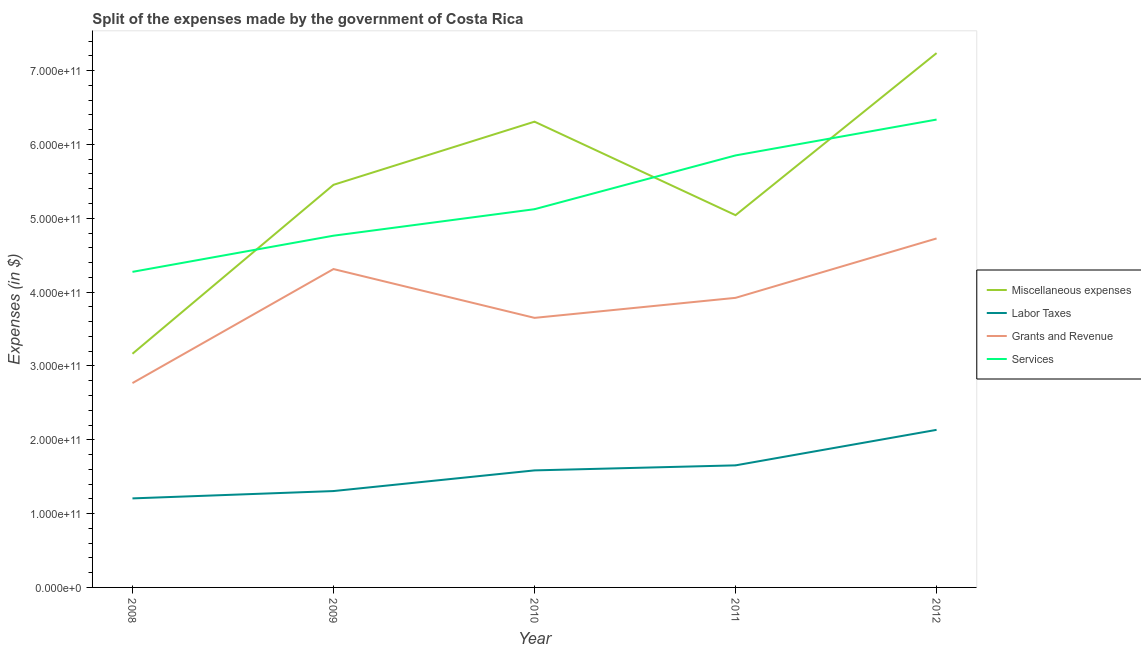
| Year | Miscellaneous expenses | Labor Taxes | Grants and Revenue | Services |
 | --- | --- | --- | --- | --- |
 | 2008 | 3.16e+11 | 1.21e+11 | 2.77e+11 | 4.27e+11 |
 | 2009 | 5.45e+11 | 1.31e+11 | 4.31e+11 | 4.76e+11 |
 | 2010 | 6.31e+11 | 1.59e+11 | 3.65e+11 | 5.12e+11 |
 | 2011 | 5.04e+11 | 1.65e+11 | 3.92e+11 | 5.85e+11 |
 | 2012 | 7.24e+11 | 2.13e+11 | 4.73e+11 | 6.34e+11 |